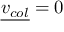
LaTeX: { \underline { { v _ { c o l } } } } = 0